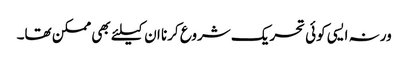
ورنہ ایسی کوئی تحریک شروع کرنا ان کیلئے بھی ممکن تھا۔